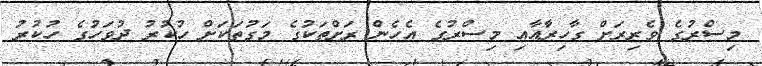
މިސްރުގެ ވެރިރަށް ގާހިރާއާއި މިސްރުގެ އެހެން ރަށްތަކުގެ މަގުތަކަށް ހުކުރު ދުވަހުގެ ހުކުރު